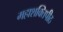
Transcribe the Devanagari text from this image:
महाशक्तिपीठ